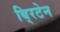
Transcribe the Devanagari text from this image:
बि्रटेन